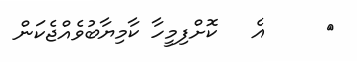
٩     އެ   ކޮށްފިމީހާ ކާމިޔާބުވެއްޖެކަން